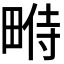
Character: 𤲔